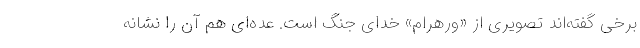
برخی گفته‌اند تصویری از «ورهرام» خدای جنگ است. عده‌ای هم آن را نشانه